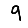
Digit: 9